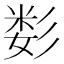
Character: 𰐫